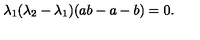
\lambda _ { 1 } ( \lambda _ { 2 } - \lambda _ { 1 } ) ( a b - a - b ) = 0 .